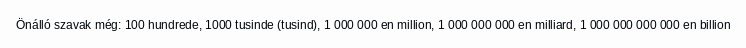
Önálló szavak még: 100 hundrede, 1000 tusinde (tusind), 1 000 000 en million, 1 000 000 000 en milliard, 1 000 000 000 000 en billion